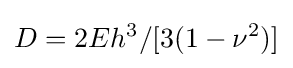
D=2Eh^{3}/[3(1-\nu ^{2})]